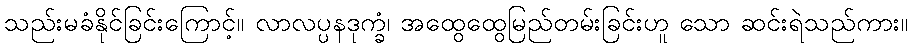
သည်းမခံနိုင်ခြင်းကြောင့်။ လာလပ္ပနဒုက္ခံ၊ အထွေထွေမြည်တမ်းခြင်းဟူ သော ဆင်းရဲသည်ကား။